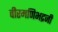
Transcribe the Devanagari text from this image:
वीरमणिभद्रजी